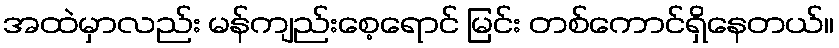
အထဲမှာလည်း မန်ကျည်းစေ့ရောင် မြင်း တစ်ကောင်ရှိနေတယ်။